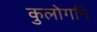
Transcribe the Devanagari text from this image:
कुलोगनि